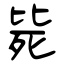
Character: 毙